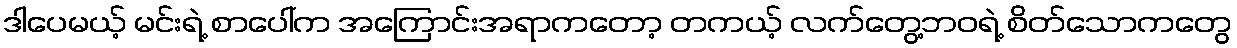
ဒါပေမယ့် မင်းရဲ့ စာပေါ်က အကြောင်းအရာကတော့ တကယ့် လက်တွေ့ဘဝရဲ့ စိတ်သောကတွေ